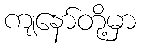
ကျနော်တို့မှာ